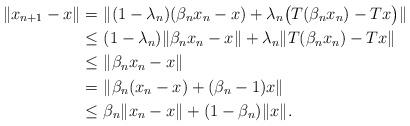
LaTeX: \begin{align*}\|x_{n+1}- x\|= & \ \|(1-\lambda_n)(\beta_n x_n- x)+\lambda_n\big(T(\beta_nx_n)-T x\big)\|\\\leq & \ (1-\lambda_n)\|\beta_nx_n- x\|+\lambda_n\|T(\beta_nx_n)-T x\|\\\leq & \ \|\beta_nx_n- x\|\\ = & \ \|\beta_n(x_n- x)+(\beta_n-1) x\|\\\leq & \ \beta_n\|x_n- x\|+(1-\beta_n)\| x\|.\end{align*}